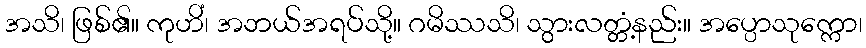
အသိ၊ ဖြစ်၏။ ကုဟိံ၊ အဘယ်အရပ်သို့။ ဂမိဿသိ၊ သွားလတ္တံ့နည်း။ အပ္ပောသုက္ကော၊